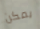
يمكن